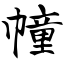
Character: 幢